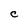
Character: C